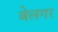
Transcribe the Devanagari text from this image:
बेलगर